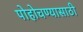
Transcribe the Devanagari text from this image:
पोहोचण्‍यासाठी